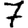
Digit: 7